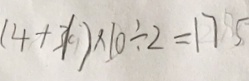
( 4 + 3 1 ) \times 1 0 \div 2 = 1 7 5